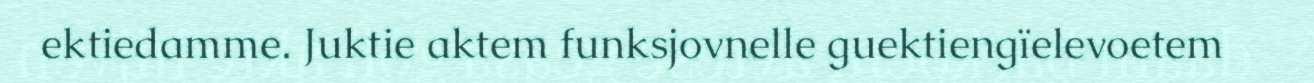
ektiedamme. Juktie aktem funksjovnelle guektiengïelevoetem